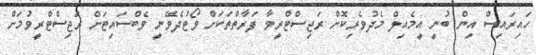
ހައިރައިސް އިން ބުނީ އީމެއިލް މެދުވެރިކޮށް ރަޖިސްޓްރީވާ ފަރާތްތަކަށް ވޯޓުދެވޭނީ ވެބްސައިޓަށް ރަޖިސްޓްރީވުމަށް